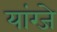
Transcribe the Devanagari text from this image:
यांग्जे